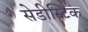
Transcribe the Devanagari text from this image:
सेडीस्टिक